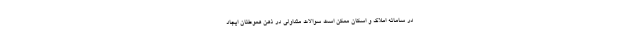
در سامانه املاک و اسکان ممکن است سوالات متداولی در ذهن هموطنان ایجاد